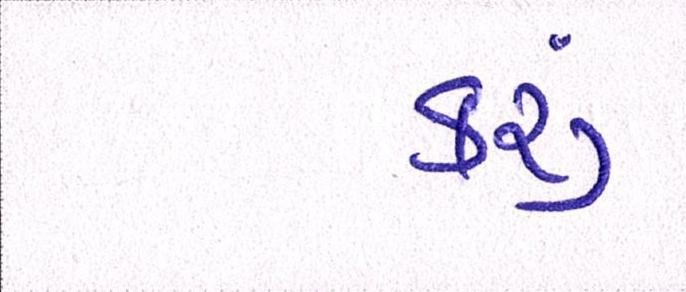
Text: કરૂં